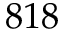
8 1 8